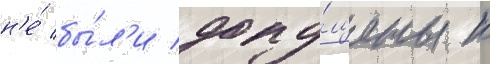
н'е́ бы́л'и допу́щены к